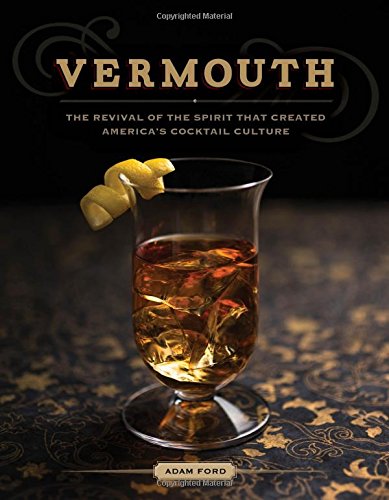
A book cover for Vermouth: The Revival of the Spirit that Created America's Cocktail Culture; Adam Ford; Cookbooks, Food & Wine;